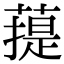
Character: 䔶